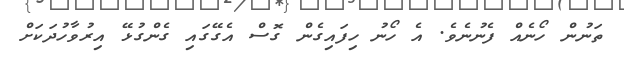
ތަނުން ހޯނެއް ފެނުނެވެ. އެ ހޯނު ހިފައިގެން ގޮސް އެގޭގައި ގެންގުޅޭ އިރުވާހުދަކަށް